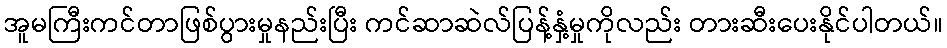
အူမကြီးကင်တာဖြစ်ပွားမှုနည်းပြီး ကင်ဆာဆဲလ်ပြန့်နှံ့မှုကိုလည်း တားဆီးပေးနိုင်ပါတယ်။